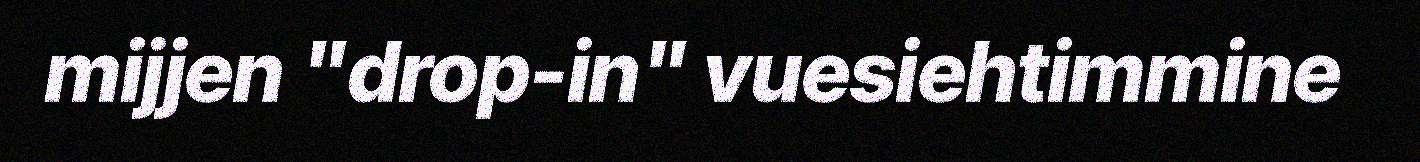
mijjen "drop-in" vuesiehtimmine